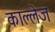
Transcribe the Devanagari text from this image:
काल्लेज